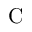
\mathrm { C }